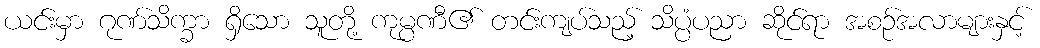
ယင်းမှာ ဂုဏ်သိက္ခာ ရှိသော သူတို့ ကုမ္ပဏီ၏ တင်းကျပ်သည့် သိပ္ပံပညာ ဆိုင်ရာ အစဉ်အလာများနှင့်